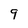
Character: 9